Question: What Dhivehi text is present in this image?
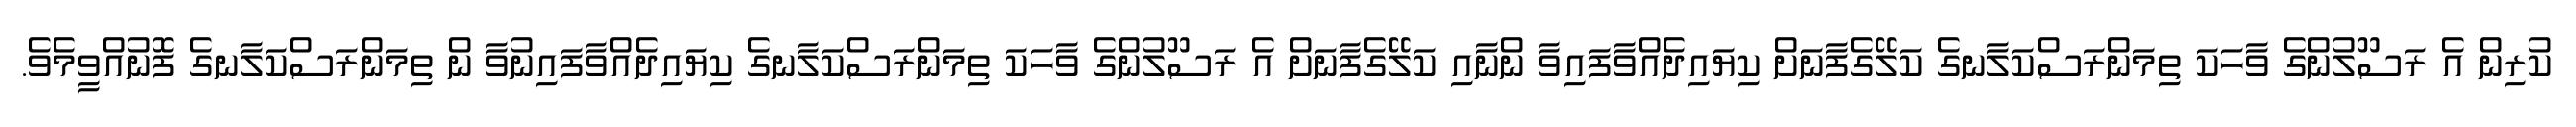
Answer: ކުރިން އެ ރަސޫލުންގެ ވާހަކަ ތިމަންރަސްކަލާނގެ ކަލޭގެފާނަށް ކިޔައިދެއްވާފައިވާ ންނާއި ކަލޭގެފާނަށް އެ ރަސޫލުންގެ ވާހަކަ ތިމަންރަސްކަލާނގެ ކިޔައިދެއްވާފައިނުވާ ން ތިމަންރަސްކަލާނގެ ފޮނުއްވީމެވެ.